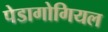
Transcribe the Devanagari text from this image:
पेडागोगियल